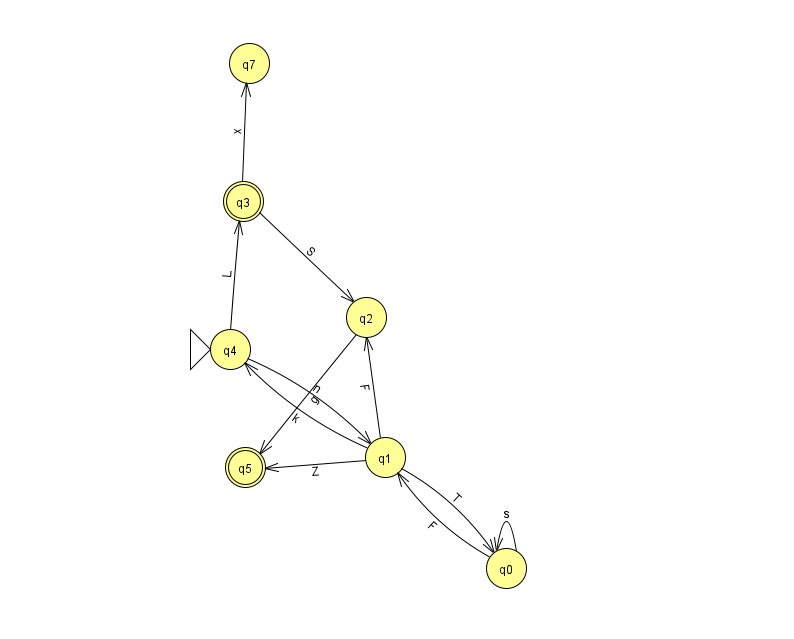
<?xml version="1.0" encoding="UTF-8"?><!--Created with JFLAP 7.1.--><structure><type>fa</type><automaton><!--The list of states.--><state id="0" name="q0"><x>506.0</x><y>555.0</y></state><state id="1" name="q1"><x>385.0</x><y>444.0</y></state><state id="2" name="q2"><x>366.0</x><y>304.0</y></state><state id="3" name="q3"><x>243.0</x><y>188.0</y><final/></state><state id="4" name="q4"><x>230.0</x><y>336.0</y><initial/></state><state id="5" name="q5"><x>245.0</x><y>454.0</y><final/></state><state id="7" name="q7"><x>249.0</x><y>50.0</y></state><!--The list of transitions.--><transition><from>1</from><to>4</to><read>k</read></transition><transition><from>3</from><to>7</to><read>x</read></transition><transition><from>4</from><to>3</to><read>L</read></transition><transition><from>0</from><to>0</to><read>s</read></transition><transition><from>2</from><to>5</to><read>g</read></transition><transition><from>4</from><to>1</to><read>n</read></transition><transition><from>1</from><to>5</to><read>Z</read></transition><transition><from>1</from><to>0</to><read>T</read></transition><transition><from>1</from><to>2</to><read>F</read></transition><transition><from>3</from><to>2</to><read>S</read></transition><transition><from>0</from><to>1</to><read>F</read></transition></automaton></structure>